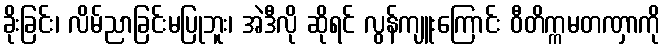
ခိုးခြင်း၊ လိမ်ညာခြင်းမပြုဘူး၊ အဲဒီလို ဆိုရင် လွန်ကျူးကြောင်း ဝီတိက္ကမတဏှာကို